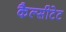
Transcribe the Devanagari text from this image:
कैल्सीटेट